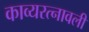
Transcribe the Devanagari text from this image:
काव्यरत्‍नावली